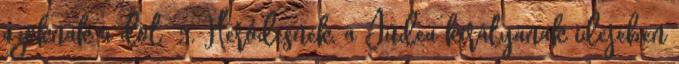
azoknak a dol− 5. Heródesnek, a Júdea királyának idejében